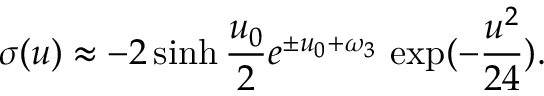
\sigma ( u ) \approx - 2 \sinh { \frac { u _ { 0 } } { 2 } } e ^ { \pm u _ { 0 } + \omega _ { 3 } } \, \exp ( - { \frac { u ^ { 2 } } { 2 4 } } ) .